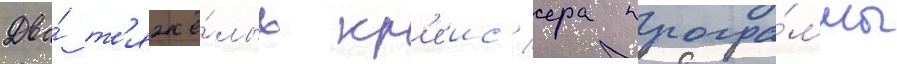
Два́ т'яжё́лых кр'еис'ера програ́ммы